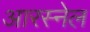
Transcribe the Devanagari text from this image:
आरस्नेल